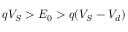
q V _ { S } > E _ { 0 } > q ( V _ { S } - V _ { d } )